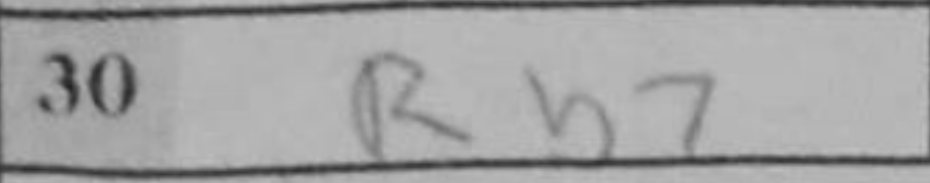
Transcription: Rb7